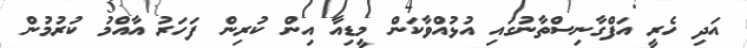
އަދި ހެރީ އަފްގާނިސްތާނުގައި އުޅުއްވާކަން މީޑިއާ އިން ކުރިން ފަހަރު އާއްމު ކުރުމުން